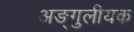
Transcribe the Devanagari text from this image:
अङ्गुलीयक